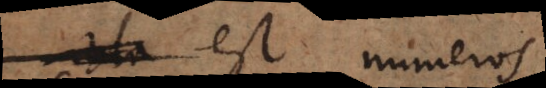
est numeros